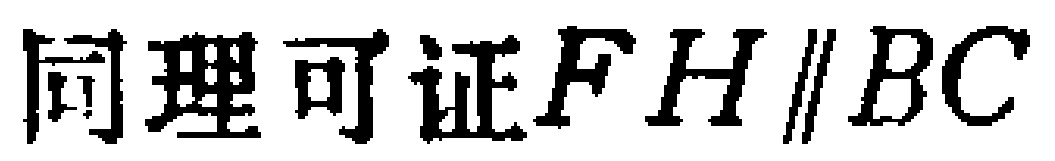
同理可证\(FH\parallel BC\)